Medical and sanitary report of the native army of Madras for the year
Year: 1872
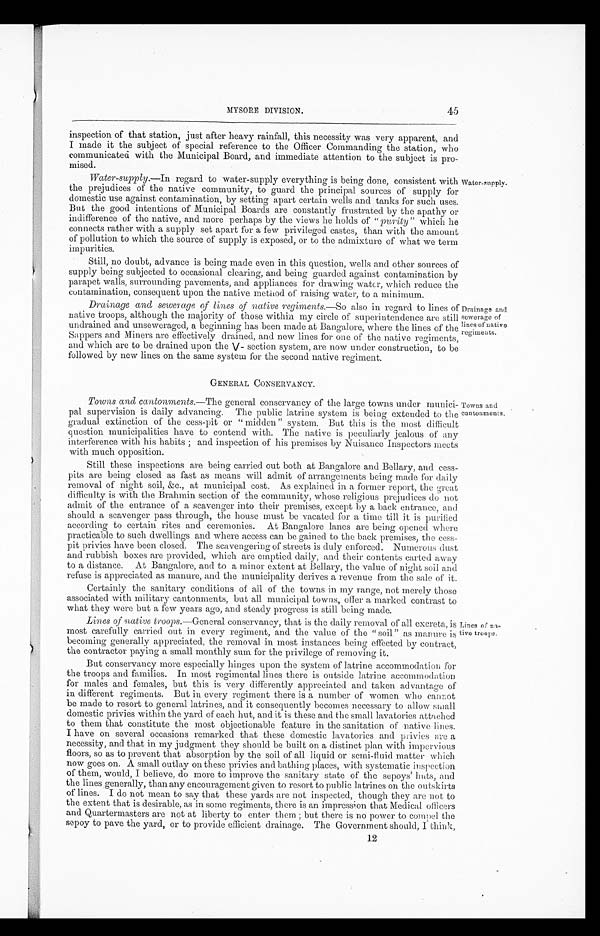
45
MYSORE DIVISION.
inspection of that station, just after heavy rainfall, this necessity was very apparent, and
I made it the subject of special reference to the Officer Commanding the station, who
communicated with the Municipal Board, and immediate attention to the subject is pro
-mised.
Water-supply .—In regard to water-supply everything is being done, consistent with
the prejudices of the native community, to guard the principal sources of supply for
domestic use against contamination, by setting apart certain wells and tanks for such uses.
But the good intentions of Municipal Boards are constantly frustrated by the apathy or
indifference of the native, and more perhaps by the views he holds of " purity " which he
connects rather with a supply set apart for a few privileged castes, than with the amount
of pollution to which the source of supply is exposed, or to the admixture of what we term
impurities.
Water-supply.
Still, no doubt, advance is being made even in this question, wells and other sources of
supply being subjected to occasional clearing, and being guarded against contamination by
parapet walls, surrounding pavements, and appliances for drawing water, which reduce the
contamination, consequent upon the native method of raising water, to a minimum.
Drainage and sewerage of lines of native regiments .—So also in regard to lines of
native troops, although the majority of those within my circle of superintendence are still
undrained and unseweraged, a beginning has been made at Bangalore, where the lines of the
Sappers and Miners are effectively drained, and new lines for one of the native regiments,
and which are to be drained upon the V- section system, are now under construction, to be
followed by new lines on the same system for the second native regiment.
GENERAL CONSERVANCY.
Drainage and
sewerage of
lines of native
regiments.
Towns and cantonments .—The general conservancy of the large towns under munici
-pal supervision is daily advancing. The public latrine system is being extended to the
gradual extinction of the cess-pit or "midden" system. But this is the most difficult
question municipalities have to contend with. The native is peculiarly jealous of any
interference with his habits; and inspection of his premises by Nuisance Inspectors meets
with much opposition.
Still these inspections are being carried out both at Bangalore and Bellary, and cess
-pits are being closed as fast as means will admit of arrangements being made for daily
removal of night soil, &c., at municipal cost. As explained in a former report, the great
difficulty is with the Brahmin section of the community, whose religious prejudices do not
admit of the entrance of a scavenger into their premises, except by a back entrance, and
should a scavenger pass through, the house must be vacated for a time till it is purified
according to certain rites and ceremonies. At Bangalore lanes are being opened where
practicable to such dwellings and where access can be gained to the back premises, the cess
-pit privies have been closed. The scavengering of streets is duly enforced. Numerous dust
and rubbish boxes are provided, which are emptied daily, and their contents carted away
to a distance. At Bangalore, and to a minor extent at Bellary, the value of night soil and
refuse is appreciated as manure, and the municipality derives a revenue from the sale of it.
Certainly the, sanitary conditions of all of the towns in my range, not merely those
associated with military cantonments, but all municipal towns, offer a marked contrast to
what they were but a few years ago, and steady progress is still being made.
Lines of native troops .—General conservancy, that is the daily removal of all excreta, is
most carefully carried out in every regiment, and the value of the "soil" as manure is
becoming generally appreciated, the removal in most instances being effected by contract,
the contractor paying a small monthly sum for the privilege of removing it.
But conservancy more especially hinges upon the system of latrine accommodation for
the troops and families. In most regimental lines there is outside latrine accommodation
for males and females, but this is very differently appreciated and taken advantage of
in different regiments. But in every regiment there is a number of women who cannot
be made to resort to general latrines, and it consequently becomes necessary to allow small
domestic privies within the yard of each hut, and it is these and the small lavatories attached
to them that constitute the most objectionable feature in the sanitation of native lines.
I have on several occasions remarked that these domestic lavatories and privies are a
necessity, and that in my judgment they should be built on a distinct plan with impervious
floors, so as to prevent that absorption by the soil of all liquid or semi-fluid matter which
now goes on. A small outlay on these privies and bathing places, with systematic inspection
of them, would, I believe, do more to improve the sanitary state of the sepoys' huts, and
the lines generally, than any encouragement given to resort to public latrines on the outskirts
of lines. I do not mean to say that these yards are not inspected, though they are not to
the extent that is desirable, as in some regiments, there is an impression that Medical officers
and Quartermasters are not at liberty to enter them; but there is no power to compel the
sepoy to pave the yard, or to provide efficient drainage. The Government should, I think,
Towns and
cantonments.
Lines of n
a-tive troops.
12